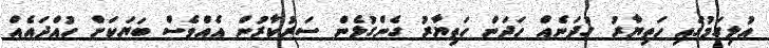
އުލިގަމުގައި ހަތިޔާރު ގުދަނެއް ހަދަން ހަތިޔާރު ގެންގުޅެން ސަރުކާރުން އެއްވެސް ބަޔަކަށް ހުއްދައެއް